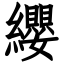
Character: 纓